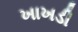
ખાખડી